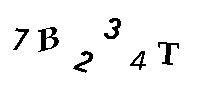
7B234T